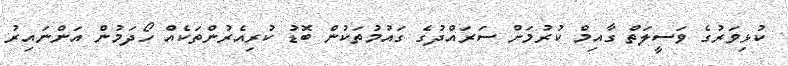
ކުޅިވަރުގެ ވަސީލަތް ގާއިމް ކުރުމަށް ސަރައްދުގެ ގައުމުތަކުން ބޮޑު ކުރިއެރުންތަކެއް ހޯދަމުން އަންނައިރު